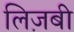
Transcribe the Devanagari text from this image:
लिज़बी